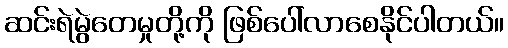
ဆင်းရဲမွဲတေမှုတို့ကို ဖြစ်ပေါ်လာစေနိုင်ပါတယ်။